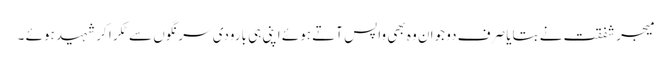
میجر شفقت نے بتایا صرف دو جوان وہ بھی واپس آتے ہوئے اپنی ہی بارودی سرنگوں سے ٹکرا کر شہید ہوئے ۔